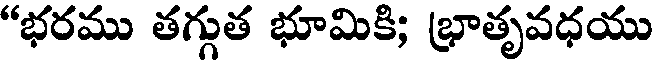
"భరము తగ్గుత భూమికి; భ్రాతృవధయు